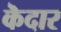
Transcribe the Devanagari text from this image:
कॆदार